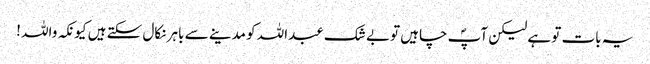
یہ بات تو ہے لیکن آپؐ چاہیں توبے شک عبداللہ کو مدینے سے باہر نکال سکتے ہیں کیونکہ واللہ !